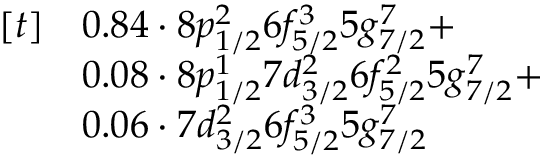
\begin{array} { r l } { [ t ] } & { 0 . 8 4 \cdot 8 p _ { 1 / 2 } ^ { 2 } 6 f _ { 5 / 2 } ^ { 3 } 5 g _ { 7 / 2 } ^ { 7 } + } \\ & { 0 . 0 8 \cdot 8 p _ { 1 / 2 } ^ { 1 } 7 d _ { 3 / 2 } ^ { 2 } 6 f _ { 5 / 2 } ^ { 2 } 5 g _ { 7 / 2 } ^ { 7 } + } \\ & { 0 . 0 6 \cdot 7 d _ { 3 / 2 } ^ { 2 } 6 f _ { 5 / 2 } ^ { 3 } 5 g _ { 7 / 2 } ^ { 7 } } \end{array}